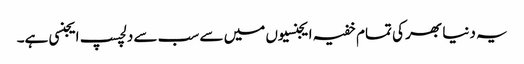
یہ دنیا بھر کی تمام خفیہ ایجنسیوں میں سے سب سے دلچسپ ایجنسی ہے۔